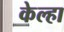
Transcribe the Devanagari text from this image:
केल्हा